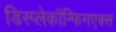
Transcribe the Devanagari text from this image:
डिस्प्लेकॉन्फिगएक्स